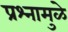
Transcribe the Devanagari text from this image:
प्रश्नामुळे